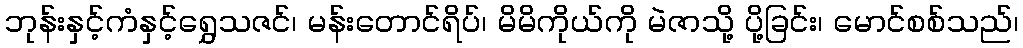
ဘုန်းနှင့်ကံနှင့်ရွှေသဇင်၊ မန်းတောင်ရိပ်၊ မိမိကိုယ်ကို မဲဇာသို့ ပို့ခြင်း၊ မောင်စစ်သည်၊